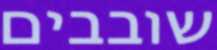
שובבים